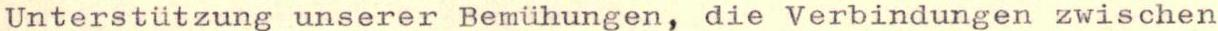
Unterstützung unserer Bemühungen, die Verbindungen zwischen